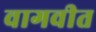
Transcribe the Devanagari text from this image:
वागवीत